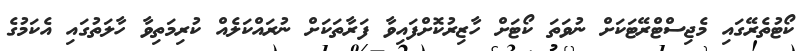
ކޯޓުތެރޭގައި މެޖިސްޓްރޭޓަކަށް ނުވަތަ ކޯޓަށް ހާޒިރުކޮށްފައިވާ ފަރާތަކަށް ނުރައްކަލެއް ކުރިމަތިވާ ހާލަތުގައި އެކަމުގެ